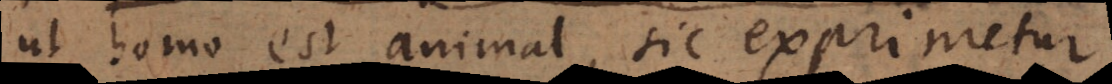
ut homo est animal, sic exprimetur